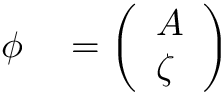
\begin{array} { r l } { \phi } & { { } = \left( \begin{array} { l } { A } \\ { \zeta } \end{array} \right) } \end{array}